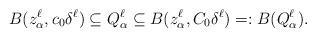
LaTeX: \begin{align*} B(z^\ell_{\alpha},c_0\delta^\ell)\subseteq Q^\ell_{\alpha}\subseteq B(z^\ell_{\alpha},C_0\delta^\ell)=:B(Q^\ell_{\alpha}).\end{align*}